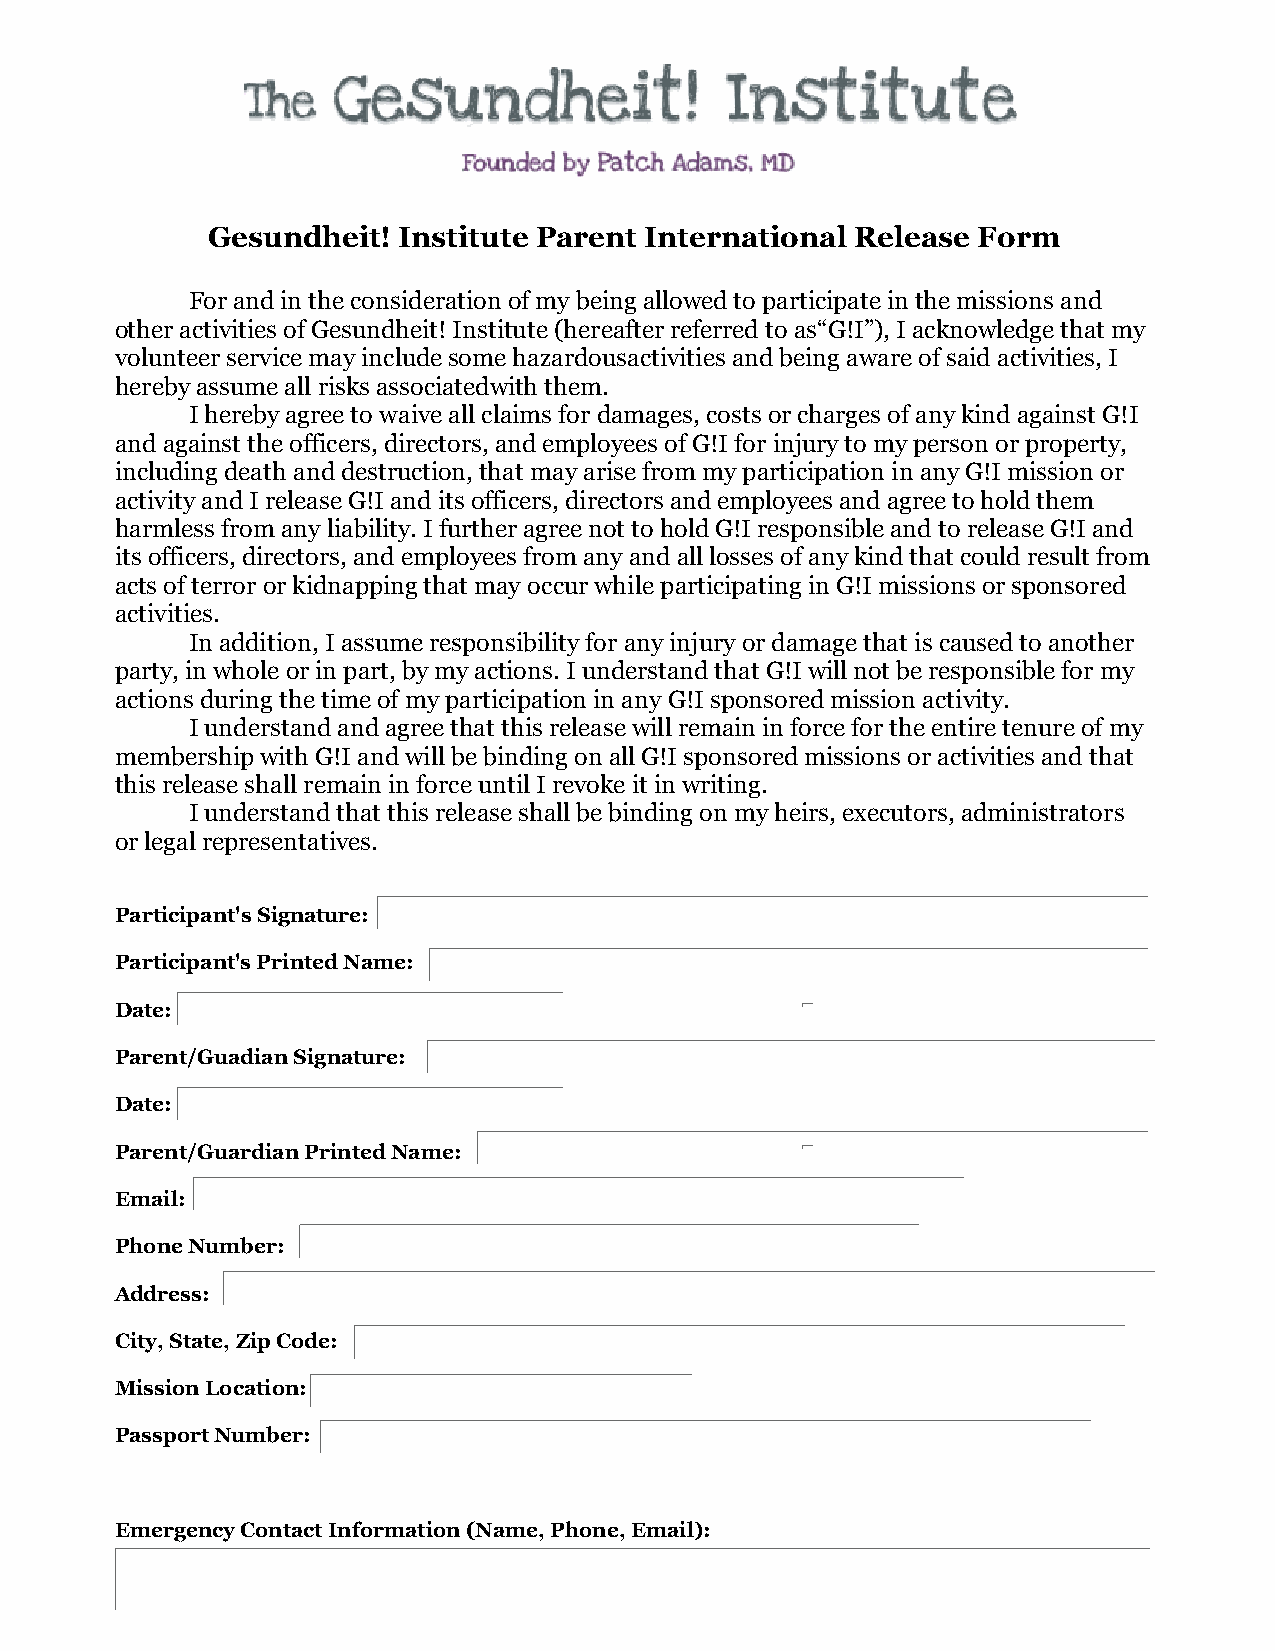
Gesundheit! Institute Parent International Release Form
 For and in the consideration of my being allowed to participate in the missions and
 other activities of Gesundheit! Institute (hereafter referred to as“G!I”), I acknowledge that my
 volunteer service may include some hazardousactivities and being aware of said activities, I
 hereby assume all risks associatedwith them.
 I hereby agree to waive all claims for damages, costs or charges of any kind against G!I
 and against the officers, directors, and employees of G!I for injury to my person or property,
 including death and destruction, that may arise from my participation in any G!I mission or
 activity and I release G!I and its officers, directors and employees and agree to hold them
 harmless from any liability. I further agree not to hold G!I responsible and to release G!I and
 its officers, directors, and employees from any and all losses of any kind that could result from
 acts of terror or kidnapping that may occur while participating in G!I missions or sponsored
 activities.
 In addition, I assume responsibility for any injury or damage that is caused to another
 party, in whole or in part, by my actions. I understand that G!I will not be responsible for my
 actions during the time of my participation in any G!I sponsored mission activity.
 I understand and agree that this release will remain in force for the entire tenure of my
 membership with G!I and will be binding on all G!I sponsored missions or activities and that
 this release shall remain in force until I revoke it in writing.
 I understand that this release shall be binding on my heirs, executors, administrators
 or legal representatives.
 Participant's Signature:
 Participant's Printed Name:
 Date:
 Parent/Guadian Signature:
 Date:
 Parent/Guardian Printed Name:
 Email:
 Phone Number:
 Address:
 City, State, Zip Code:
 Mission Location:
 Passport Number:
 Emergency Contact Information (Name, Phone, Email):